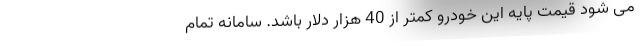
می شود قیمت پایه این خودرو کمتر از 40 هزار دلار باشد. سامانه تمام